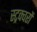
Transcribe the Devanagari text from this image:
स्ट्रक्चरों